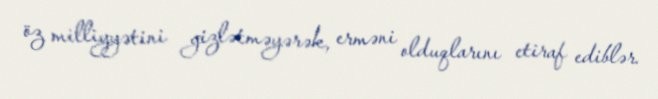
öz milliyyətini gizlətməyərək, erməni olduqlarını etiraf ediblər.